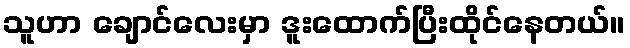
သူဟာ ချောင်လေးမှာ ဒူးထောက်ပြီးထိုင်နေတယ်။